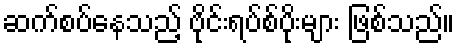
ဆက်စပ်နေသည့် ဗိုင်းရပ်စ်ပိုးများ ဖြစ်သည်။